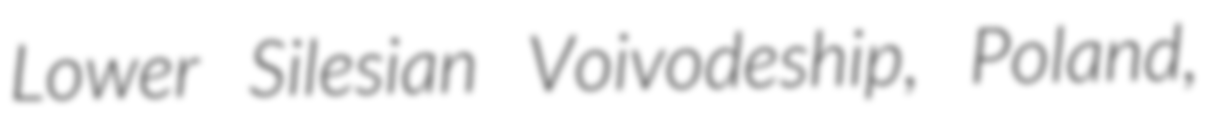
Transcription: Lower Silesian Voivodeship, Poland,